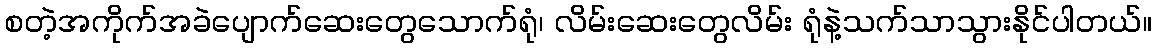
စတဲ့အကိုက်အခဲပျောက်ဆေးတွေသောက်ရုံ၊ လိမ်းဆေးတွေလိမ်း ရုံနဲ့သက်သာသွားနိုင်ပါတယ်။